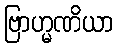
ဗြာဟ္မဏိယာ